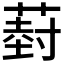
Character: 𮐦